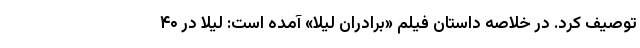
توصیف کرد. در خلاصه داستان فیلم «برادران لیلا» آمده است: لیلا در ۴۰